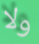
ولا